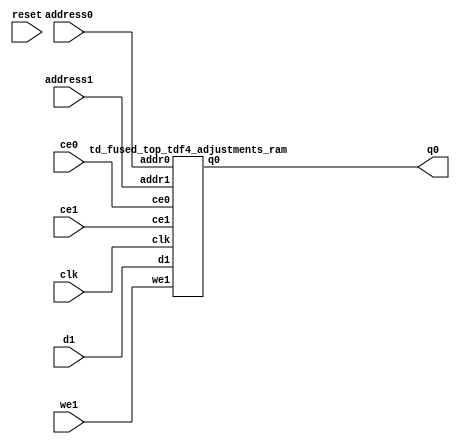
`define EXPONENT 5
`define MANTISSA 10
`define ACTUAL_MANTISSA 11
`define EXPONENT_LSB 10
`define EXPONENT_MSB 14
`define MANTISSA_LSB 0
`define MANTISSA_MSB 9
`define MANTISSA_MUL_SPLIT_LSB 3
`define MANTISSA_MUL_SPLIT_MSB 9
`define SIGN 1
`define SIGN_LOC 15
`define DWIDTH (`SIGN+`EXPONENT+`MANTISSA)
`define IEEE_COMPLIANCE 1

module td_fused_top_tdf4_adjustments(
    reset,
    clk,
    address0,
    ce0,
    q0,
    address1,
    ce1,
    we1,
    d1);

parameter DataWidth = 32'd48;
parameter AddressRange = 32'd128;
parameter AddressWidth = 32'd7;
input reset;
input clk;
input[AddressWidth - 1:0] address0;
input ce0;
output[DataWidth - 1:0] q0;
input[AddressWidth - 1:0] address1;
input ce1;
input we1;
input[DataWidth - 1:0] d1;



td_fused_top_tdf4_adjustments_ram td_fused_top_tdf4_adjustments_ram_U(
    .clk( clk ),
    .addr0( address0 ),
    .ce0( ce0 ),
    .q0( q0 ),
    .addr1( address1 ),
    .ce1( ce1 ),
    .we1( we1 ),
    .d1( d1 )
);

endmodule
module td_fused_top_tdf4_adjustments_ram (addr0, ce0, q0, addr1, ce1, d1, we1,  clk);

parameter DWIDTH = 48;
parameter AWIDTH = 7;
parameter MEM_SIZE = 128;

input[AWIDTH-1:0] addr0;
input ce0;
output wire[DWIDTH-1:0] q0;
input[AWIDTH-1:0] addr1;
input ce1;
input[DWIDTH-1:0] d1;
input we1;
input clk;

 reg [DWIDTH-1:0] ram[MEM_SIZE-1:0];
wire [AWIDTH-1:0] addr0_t0; 
reg [AWIDTH-1:0] addr0_t1; 
reg [DWIDTH-1:0] q0_t0;
reg [DWIDTH-1:0] q0_t1;
wire [AWIDTH-1:0] addr1_t0; 
reg [AWIDTH-1:0] addr1_t1; 
wire [DWIDTH-1:0] d1_t0; 
wire we1_t0; 
reg [DWIDTH-1:0] d1_t1; 
reg we1_t1; 


assign addr0_t0 = addr0;
assign q0 = q0_t1;
assign addr1_t0 = addr1;
assign d1_t0 = d1;
assign we1_t0 = we1;

always @(posedge clk)  
begin
    if (ce0) 
    begin
        addr0_t1 <= addr0_t0; 
        q0_t1 <= q0_t0;
    end
    if (ce1) 
    begin
        addr1_t1 <= addr1_t0; 
        d1_t1 <= d1_t0;
        we1_t1 <= we1_t0;
    end
end


always @(posedge clk)  
begin 
    if (ce0) begin
        q0_t0 <= ram[addr0_t1];
    end
end


always @(posedge clk)  
begin 
    if (ce1) begin
        if (we1_t1) 
            ram[addr1_t1] <= d1_t1; 
    end
end


endmodule